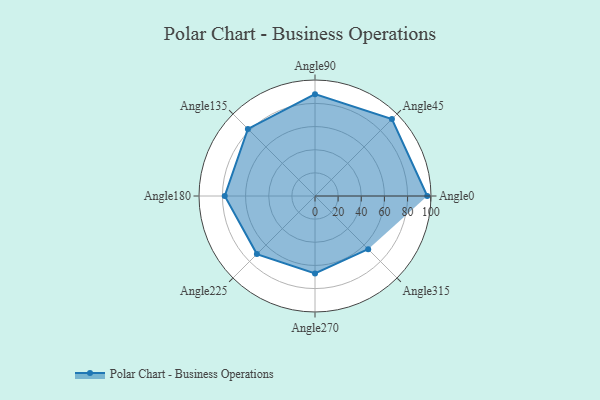
{"axis": {"x": "Angle", "y": "Radius"}, "legend": [""], "data": [{"x": "Angle0", "y": 97.0, "type": ""}, {"x": "Angle45", "y": 94.0, "type": ""}, {"x": "Angle90", "y": 88.0, "type": ""}, {"x": "Angle135", "y": 82.0, "type": ""}, {"x": "Angle180", "y": 78.0, "type": ""}, {"x": "Angle225", "y": 71.0, "type": ""}, {"x": "Angle270", "y": 67.0, "type": ""}, {"x": "Angle315", "y": 65.0, "type": ""}]}